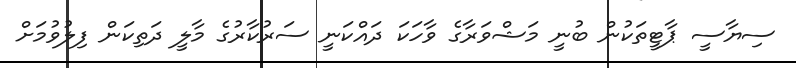
ސިޔާސީ ޕާޓީތަކުން ބުނީ މަޝްވަރާގެ ވާހަކަ ދައްކަނީ ސަރުކާރުގެ މާލީ ދަތިކަން ފިލުވުމަށް